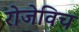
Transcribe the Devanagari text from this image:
रोजेविच